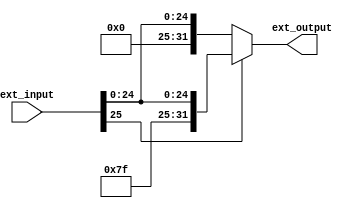
module Extender_26_32
#(
	parameter INPUT_SIZE = 26, 
	parameter OUTPUT_SIZE = 32
)
(
	input [(INPUT_SIZE-1):0] ext_input,
	output reg [(OUTPUT_SIZE-1):0] ext_output
);

	always @ ( * ) 
	begin		
		if(ext_input[25] == 1'b1)
			ext_output = {{6{1'b1}}, ext_input};
		else
			ext_output = {{6{1'b0}}, ext_input};
	end
	
endmodule